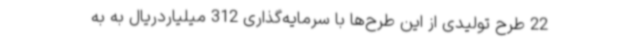
22 طرح تولیدی از این طرح‌ها با سرمایه‌گذاری 312 میلیاردریال به به